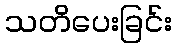
သတိပေးခြင်း